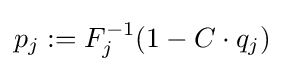
p_{j}:=F_{j}^{-1}(1-C\cdot q_{j})